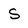
Character: S